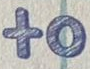
to